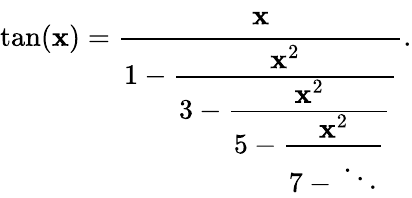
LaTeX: \tan(\mathbf{x})={\cfrac{\mathbf{x}}{1-{\cfrac{\mathbf{x}^{2}}{3-{\cfrac{\mathbf{x}^{2}}{5-{\cfrac{\mathbf{x}^{2}}{7-{}\ddots}}}}}}}}.